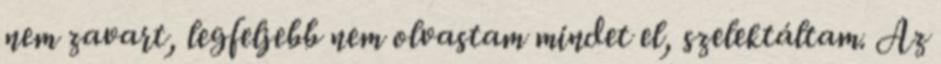
nem zavart, legfeljebb nem olvastam mindet el, szelektáltam. Az